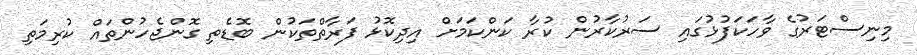
މިނިސްޓަރުގެ ވާހަކަފުޅުގައި ސަރުކާރުން ކުރާ ކަންކަމަށް އިދިކޮޅު ފަރާތްތަކުން ބޮޑެތި ގޮންޖެހުންތައް ކުރިމަތި